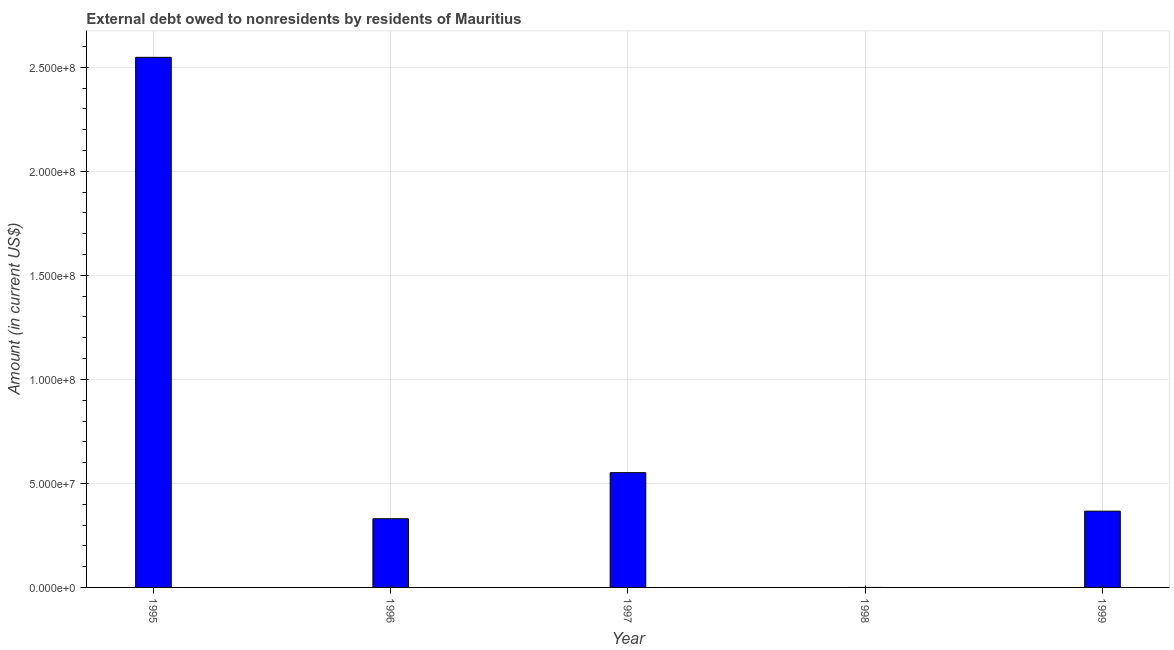
| Year | Debt |
 | --- | --- |
 | 1995 | 2.55e+08 |
 | 1996 | 3.3e+07 |
 | 1997 | 5.52e+07 |
 | 1998 | -9.31e+07 |
 | 1999 | 3.67e+07 |